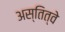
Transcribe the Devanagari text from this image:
अस्तित्वे